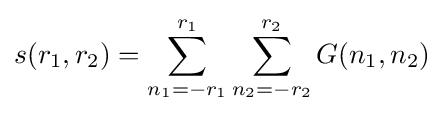
s(r_{1},r_{2})=\sum _{n_{1}=-r_{1}}^{r_{1}}\sum _{n_{2}=-r_{2}}^{r_{2}}G(n_{1},n_{2})